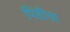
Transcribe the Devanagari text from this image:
पिंडीचा